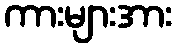
ကားများအား